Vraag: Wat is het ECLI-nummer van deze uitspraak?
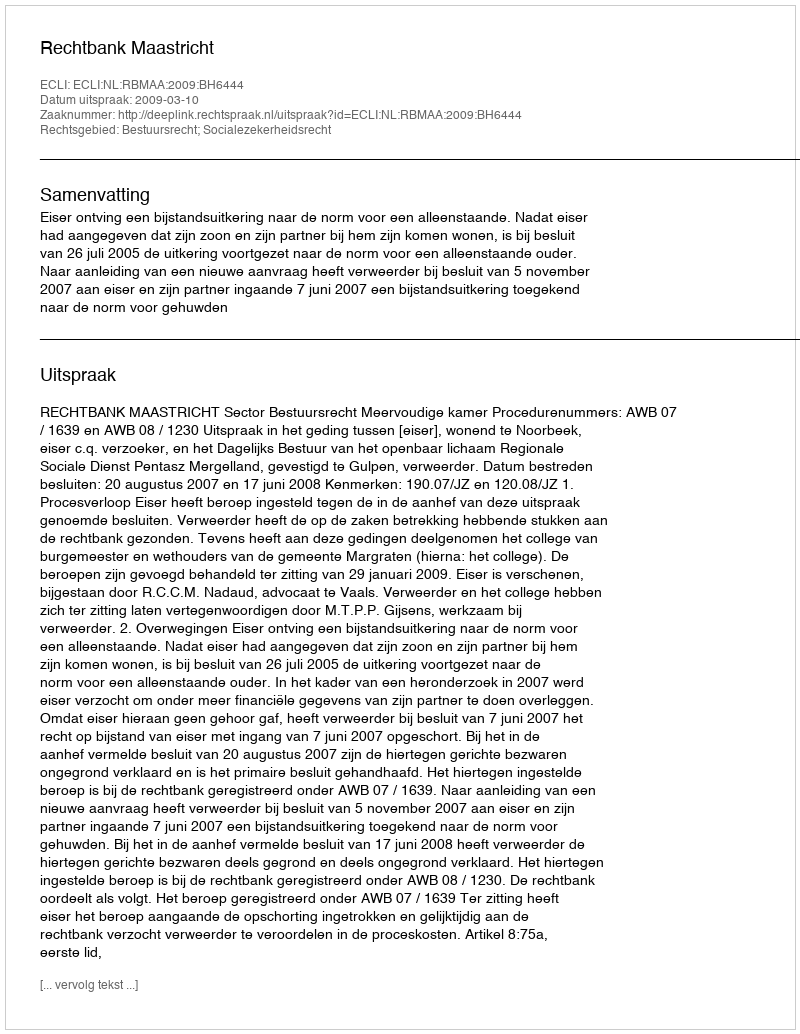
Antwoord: ECLI:NL:RBMAA:2009:BH6444